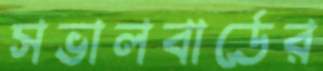
সভালবার্ডের